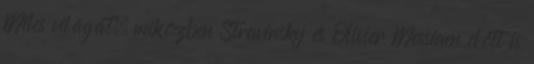
Miles világát, miközben Stravinsky és Olivier Messiaen előtt is